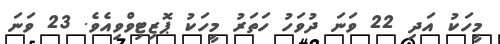
މީހަކު އަދި 22 ވަނަ ދުވަހު ހަތަރު މީހަކު ޕޮޒިޓިވްވިއެވެ. 23 ވަނަ